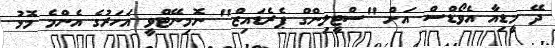
ދޭ މީޑިއާ އެވޯޑްސް އަށް "ސްޓީލިންގް ޕެރެޑައިޒް" ނޮމިނޭޓްވީ އަހަރުގެ އެންމެ މޮޅު